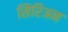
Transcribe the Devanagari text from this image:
सिरिअन